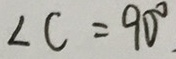
\angle C = 9 0 ^ { \circ }